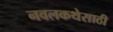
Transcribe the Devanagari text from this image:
नवलकथेसाठी